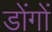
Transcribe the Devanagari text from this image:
डोंगों